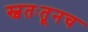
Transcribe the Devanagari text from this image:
स्वतःतूनच